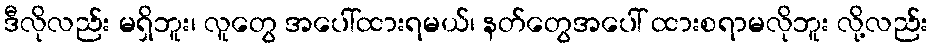
ဒီလိုလည်း မရှိဘူး၊ လူတွေ အပေါ်ထားရမယ်၊ နတ်တွေအပေါ် ထားစရာမလိုဘူး လို့လည်း